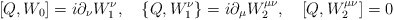
\begin{align*}\lbrack Q,W_{0}]=i\partial _{\nu }W_{1}^{\nu },\quad \{Q,W_{1}^{\nu}\}=i\partial _{\mu }W_{2}^{\mu \nu },\quad \lbrack Q,W_{2}^{\mu \nu }]=0 \end{align*}